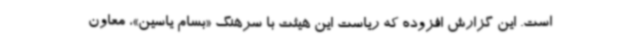
است. این گزارش افزوده که ریاست این هیئت با سرهنگ «بسام یاسین»، معاون